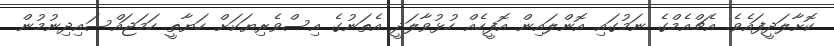
ކޮށާލަދީފައެވެ. އެޗްއެމްގެ ނަމުގައި އޮންލައިން އޮފީހެއް ހުޅުވާލަދީ އެތަނުގެ އިސްވެރިޔަކަށް ހަޔާތީ ހަމަޖައްސައިދިނުމުން